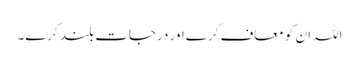
اللہ ان کو معاف کرے اور درجات بلند کرے۔